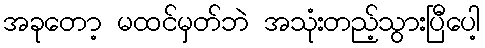
အခုတော့ မထင်မှတ်ဘဲ အသုံးတည့်သွားပြီပေါ့